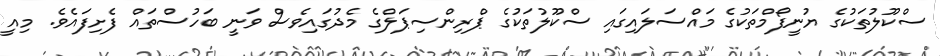
ސްކޫލުތަކުގެ ޔުނީފޯމްތަކުގެ މައްސަލައިގައި ސްކޫލުތަކުގެ ޕްރިންސިޕަލްގެ މެދުގައިވެސް ވަނީ ބަހުސްތައް ފެށިފައެވެ. މިއީ